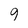
Character: 9